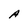
Character: A